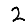
Digit: 2